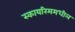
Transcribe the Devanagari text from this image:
स्कायरिममधील